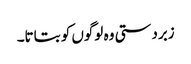
زبردستی وہ لوگوں کو بتاتا۔